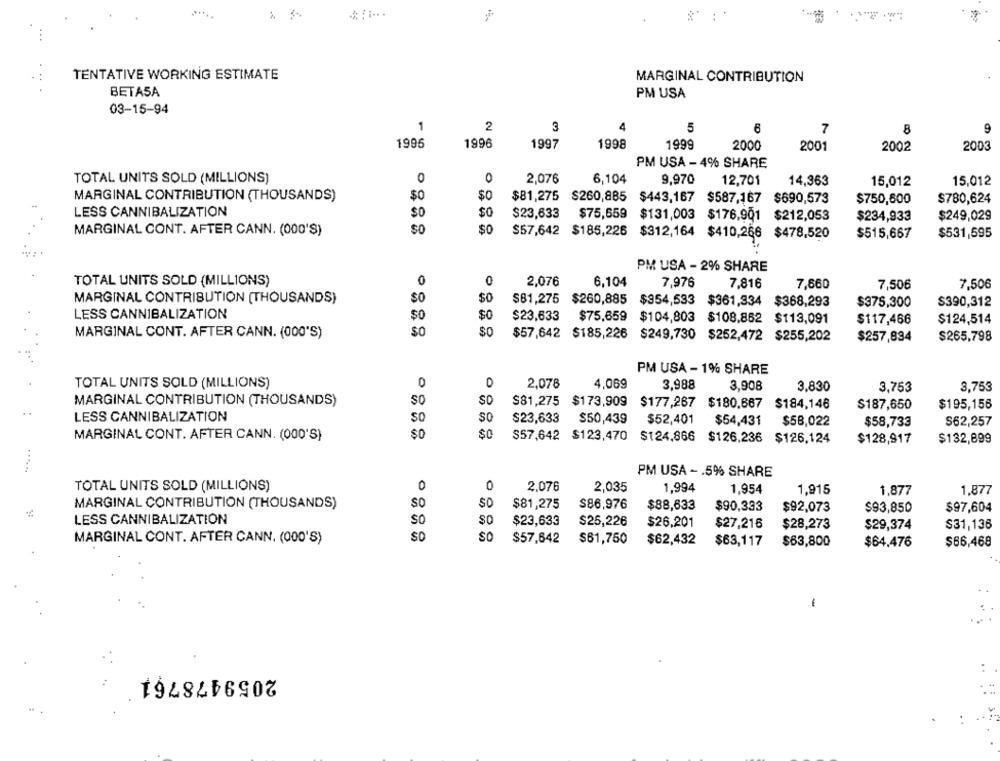
TENTATIVE WORKING ESTIMATE
MARGINAL CONTRIBUTION
BETASA
PM USA
03-15-94
1
2
3
5
7
9
8
1996
1996
1997
1999
1998
2000
2001
2002
2003
PM USA - 4% SHARE
TOTAL UNITS SOLD (MILLIONS)
0
0
2,076
6,104
9,970
12,701
14,363
15,012
15,012
MARGINAL CONTRIBUTION (THOUSANDS)
$0
$0
$81,275 $260,885
$443,167 $587,167
$780,624
$690,573
$750,600
LESS CANNIBALIZATION
$O
$0
$23,633
$75,659
$131,003
$176,901
$212,053
$234,933
$249,029
SO
MARGINAL CONT. AFTER CANN. (000'S)
$0
$57,642
$185,226 $312,164 $410,266 $478,520
$515,667
$531,595
PM USA - 2% SHARE
0
0
TOTAL UNITS SOLD (MILLIONS)
2,076
6,104
7,976
7,816
7,660
7,506
7,506
MARGINAL CONTRIBUTION [THOUSANDS)
$81,275
$260,885
$354,533
$361,334 $368,293
$375,300
$390,312
LESS CANNIBALIZATION
$0
$0
$23,633
$75,659
$104,803
$108.862 $113,091
$117,466
$124,514
MARGINAL CONT. AFTER CANN. (000'S)
$o
$57,642 $185,226
$249,730 $252,472
$255,202
$257,834
$265,798
PM USA - 1% SHARE
TOTAL UNITS SOLD (MILLIONS)
0
O
2,076
4,069
3,988
3,908
3,830
3,753
3,753
MARGINAL CONTRIBUTION (THOUSANDS)
SO
$81,275
$81,275 $173,909 $177,267 $180,667
$184,146
$187,650
$195,156
LESS CANNIBALIZATION
So
SO
$23,633
$50,439
$52,401
$54,431
$58,022
$58,733
$62,257
so
$0
MARGINAL CONT. AFTER CANN. (000'S)
$57,642 $123,470 $124,866
$126,236
$126.124
$128,917
$132,899
PM USA - . 5% SHARE
TOTAL UNITS SOLD (MILLIONS)
0
0
2,076
2,035
1,994
1,954
1.915
1,877
1,877
MARGINAL CONTRIBUTION (THOUSANDS)
so
SO
$81,275
S86,976
$88,633
$90,333
$92,073
$93,850
$97,604
LESS CANNIBALIZATION
SO
$0
$23,633
$25,226
$26.201
$27,216
$28,273
$31,136
$29,374
MARGINAL CONT. AFTER CANN. (000'S)
SC
So
$57,642
$61,750
$62,432
$63,117
$63,800
$64,476
$66,468
-
2059478761